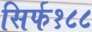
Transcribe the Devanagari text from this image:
सिर्फ१८८